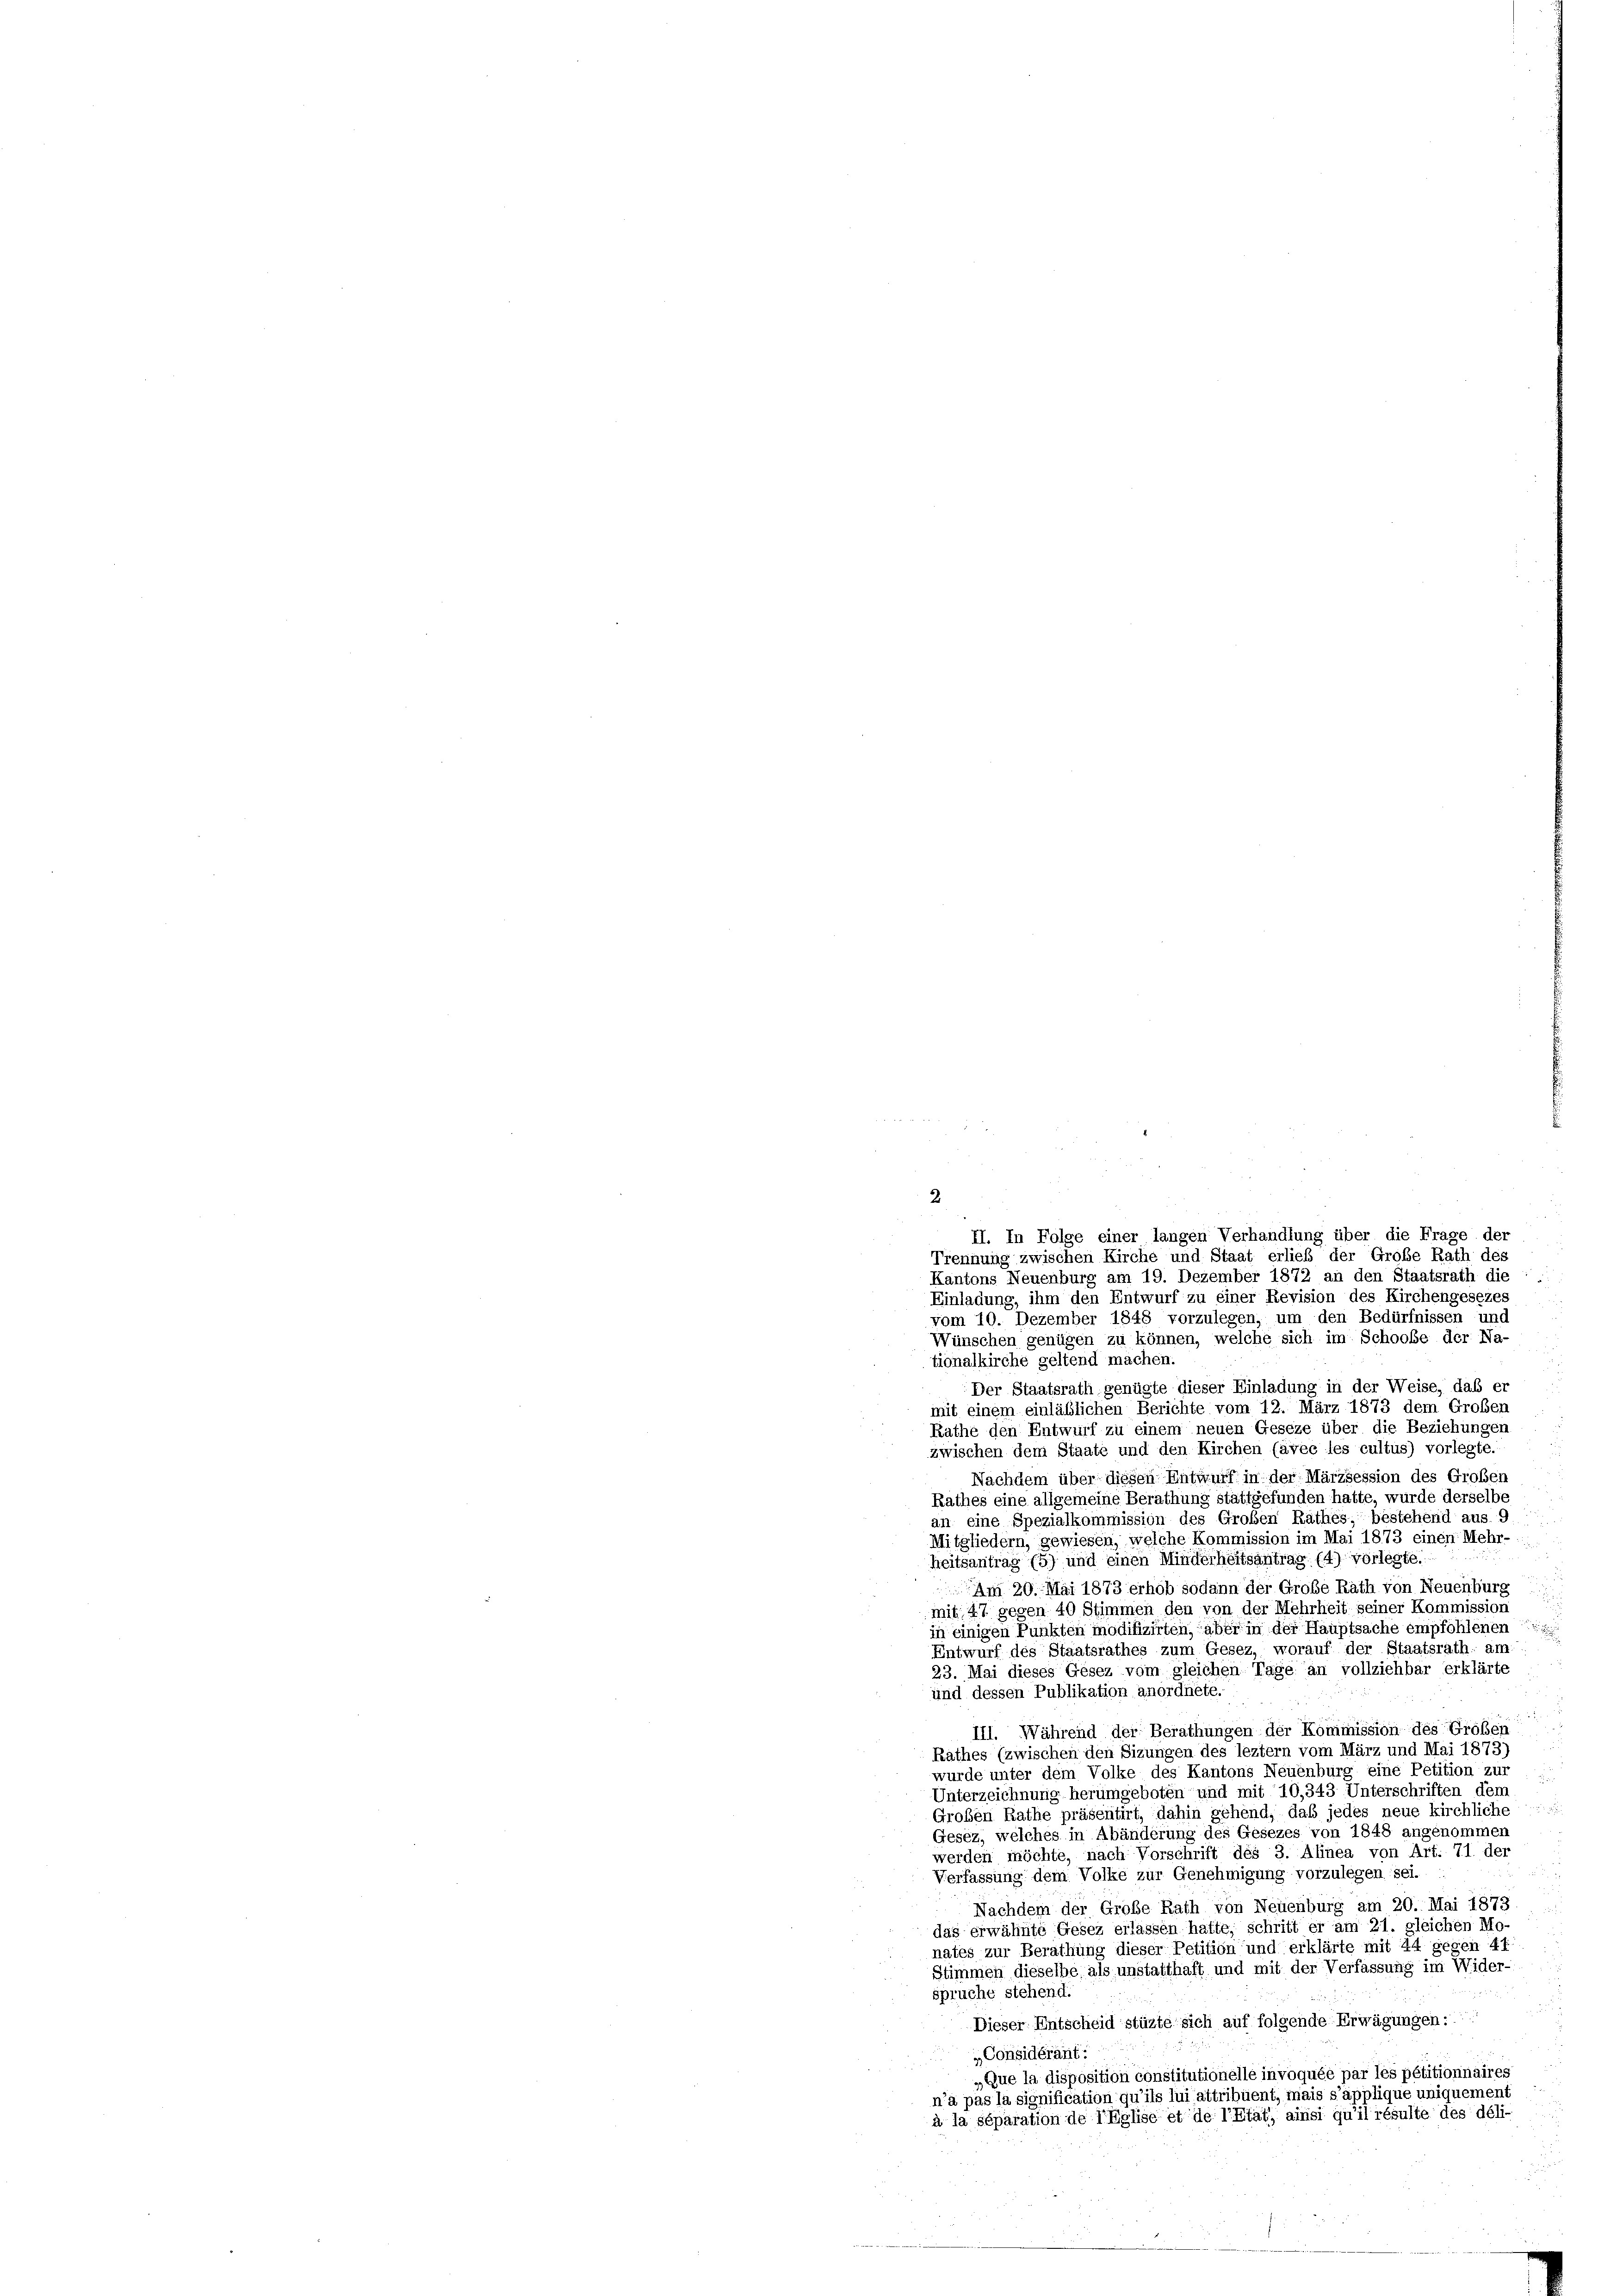
Br 22 x 2

Trennung zwischen Kirche und Staat erlieb der Große Rath des
Kantons Neuenburg am 19. Dezember 1872 an den Staatsrath die
Einladung, ihm den Entwurf zu einer Revision des Kirchengesezes
vom 10. Dezember 1848 vorzulegen, um den Bedürfnissen und
Wünschen genügen zu können, welche sich im Schoobe der Na-
tionalkirche geltend machen.
Der Staatsrath genügte dieser Einladung in der Weise, das er
mit einem einläßlichen Berichte vom 12. März 1873 dem Großen
Rathe den Entwurf zu einem neuen Geseze über die Beziehungen
zwischen dem Staate und den Kirchen (avec les cultus) vorlegte.
Nachdem über diesen Entwurf in der Märzsession des Großen
Rathes eine allgemeine Berathung stattgefunden hatte, wurde derselbe
an eine Spezialkommission des Großen Rathes, bestehend aus. 9
Mitgliedern, gewiesen, welche Kommission im Mai 1873 einen Mehr-
heitsantrag (5) und einen Minderheitsantrag (4) vorlegte.
Am 20. Mai 1873 erhob sodann der Große Rath von Neuenburg
mit 47 gegen 40 Stimmen den von der Mehrheit seiner Kommission

in einigen Punkten modifizirten, aber in der Hauptsache empfohlenen
Entwurf des Staatsrathes zum Gesez, worauf der Staatsrath, am

23. Mai dieses Gesez vom gleichen Tage an vollziehbar erklärte
und dessen Publikation anordnete.
III. Während der Berathungen der Kommission des Groben
Rathes (zwischen den Sizungen des leztem vom März und Mai 1873)
wurde unter dem Volke des Kantons Neuenburg eine Petition zur
.
Unterzeichnung herümgeboten und mit 10,343. Unterschriften dem
Großen Rathe präsentirt, dahin gehend, daß jedes neue kirchliche
Gesez, welches in Abänderung des Gesezes von 1848 angenommen
werden möchte, nach Vorschrift des 3. Alinea von Art. 71 der
Verfassung dem Volke zur Genehmigung vorzulegen sei.
Nachdem der Große Rath von Neuenburg am 20. Mai 1873.
das erwähnte Gesez erlassen hatte, schritt er am 21. gleichen Mo-
nates zur Berathung dieser Petition und erklärte mit 24 gegen 41
Stimmen dieselbe als unstatthaft und mit der Verfassung im Wider-
spruche stehend.
Dieser Entscheid stüzte sich auf folgende Erwägungen:
„Considérant:
„Que la disposition constitutionelle invoquée par les pétitionnaires
n’a pas la signification qu’ils lui attribuent, mais s’applique uniquement
à la séparation de l’Eglise et de l’Etat, ainsi qu’il résulte des déli-

2
II. In Folge einer langen Verhandlung über die Frage der